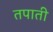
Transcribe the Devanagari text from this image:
तपाती